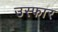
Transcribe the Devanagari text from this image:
उस्फार